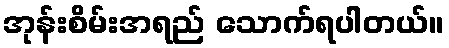
အုန်းစိမ်းအရည် သောက်ရပါတယ်။